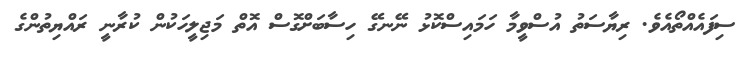
ސިފައެއްތޯއެވެ. ރިޔާސަތު އުސްވީމާ ހަމައިސްކޮޅު ނޭނގޭ ހިސާބަށްގޮސް އޮތް މަޖިލީހަކުން ކުރާނީ ރައްޔިތުންގެ